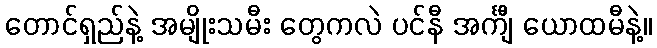
တောင်ရှည်နဲ့ အမျိုးသမီး တွေကလဲ ပင်နီ အင်္ကျီ ယောထမီနဲ့။